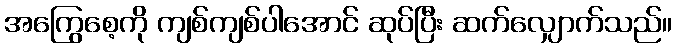
အကြွေစေ့ကို ကျစ်ကျစ်ပါအောင် ဆုပ်ပြီး ဆက်လျှောက်သည်။